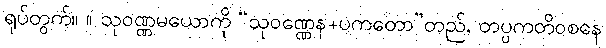
ရုပ်တွက်။ ။ သုဝဏ္ဏမယောကို “သုဝဏ္ဏေန+ပကတော”တည်, တပ္ပကတိဝစနေ